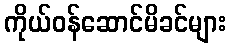
ကိုယ်ဝန်ဆောင်မိခင်များ